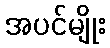
အပင်မျိုး